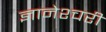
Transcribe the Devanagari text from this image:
ज्ञानेश्चरी